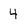
Character: 4